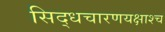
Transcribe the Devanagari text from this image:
सिद्धचारणयक्षाश्च